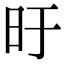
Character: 旴